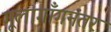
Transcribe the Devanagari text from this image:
गूलागाँगनंतर